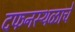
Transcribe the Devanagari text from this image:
दफनस्थळाचे